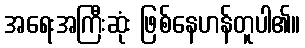
အရေးအကြီးဆုံး ဖြစ်နေဟန်တူပါ၏။